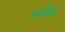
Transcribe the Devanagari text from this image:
अशैक्ष